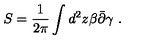
S = \frac { 1 } { 2 \pi } \int d ^ { 2 } z \beta \bar { \partial } \gamma \ .